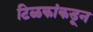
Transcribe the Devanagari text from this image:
टिळकांकडून